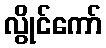
လွိုင်ကော်